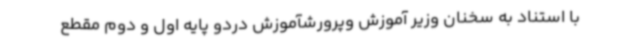
با استناد به سخنان وزیر آموزش وپرورشآموزش دردو پایه‌ اول و دوم مقطع